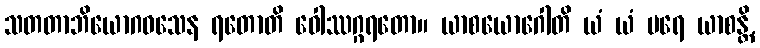
သတတာဘိယောဂဝသေန ရတောတိ ဝေါဿဂ္ဂရတော။ ယာစယောဂေါတိ ယံ ယံ ပရေ ယာစန္တိ,